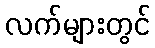
လက်များတွင်